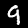
Digit: 9